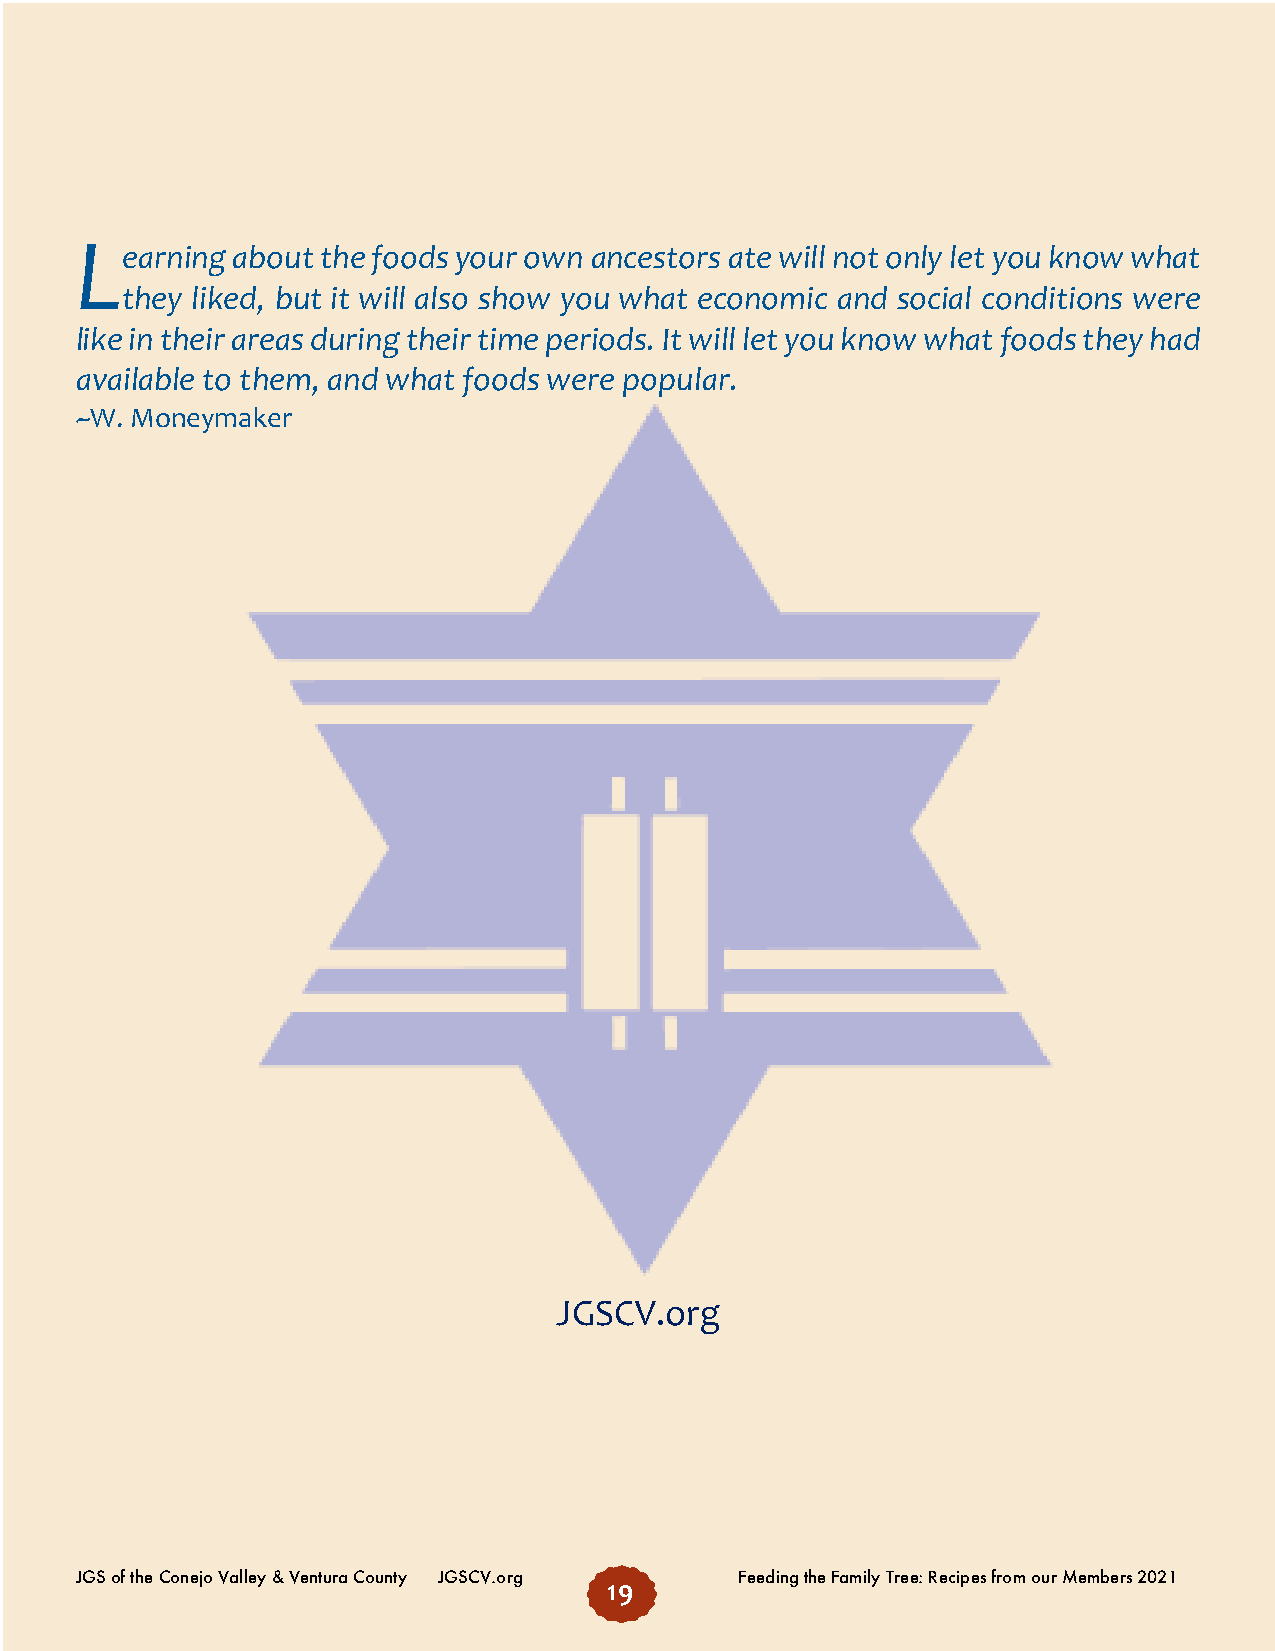
L
 earning about the foods your own ancestors ate will not only let you know what
 they liked, but it will also show you what economic and social conditions were
 like in their areas during their time periods. It will let you know what foods they had
 available to them, and what foods were popular.
 ~W. Moneymaker
 JGSCV.org
 JGS of the Conejo Valley & Ventura County JGSCV.org Feeding the Family Tree: Recipes from our Members 2021
 19